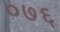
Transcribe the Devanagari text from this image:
०७६